Indian journal of veterinary science and animal husbandry - Volumes 22-23, 1952-1953
Year: 1952
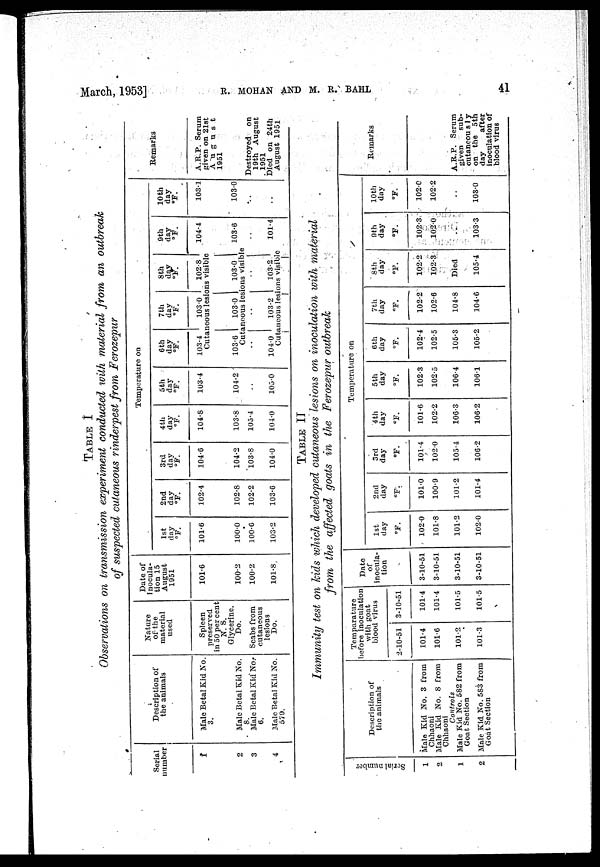
March, 1953]
R.
MOHAN
AND
M.
R.
BAHL
41
TABLE I
Observations on transmission experiment conducted with material from an outbreak
of suspected cutaneous rinderpest from Ferozepur
Serial
number
1
2
3
4
Description of
the animals
Male Betal Kid No.
3.
Male Betal Kid No.
8.
Male Betal Kid No.
6.
Male Betal Kid No.
579.
Nature
of the
material
used
Spleen
preserved
in 50 per cent
N. S.
Glycerine. Do.
Scabs from
cutaneous
lesions Do.
Date of
inocula-
tion 15
August
1951
101.6
100.2
100.2
101.8
Temperatue on
1st
day
°F.
101.6
100.0
100.6
103.2
2nd
day
°F.
102.4
102.8
102.2
103.6
3rd
day
°F.
104.6
104.2
103.8
104.0
4th
day
°F.
104.8
103.8
105.4
104.0
5th
day
°F.
103.4
104.2
..
105.0
6th
day
°F.
103.4
103.6
..
104.0
7th
day
°F.
103.0
Cutaneous lesions visible
103.0
Cutneous lesions visible
..
103.2
Cutaneous lesions visible
8th
day
°F.
102.8
103.0
..
103.2
9th
day
°F.
104.4
103.6
..
101.4
10th
day
°F.
103.1
103.0
..
REMARKS
A.R.P. Serum
given on 21st
August
1951
Destroyed on
19th August
1951
Died on 24th
August 1951
TABLE II
Immunity test on kids which developed cutaneous lesions on inoculation with material
from the affected goats in the Ferozepur outbreak
Serial number
1
2
1
2
Description of
the animals
Male Kid No. 3 from
Chhaoni
Male Kid No. 8 from
Chhaoni
Controls
Male Kid No. 582 from
Goat Section
Male Kid No. 583 from
Goat Section
Temparature
before inoculation
with goat
blood
virus
2-10-51
101.4
101.6
101.2
101.3
3-10-51
101.4
101.4
101.5
101.5
Date
of
inocula-
tion
3-10-51
3-10-51
3-10-51
3-10-51
Temperature on
1st
day
°F.
102.0
101.8
101.2
102.0
2nd
day
°F.
101.0
100.9
101.2
101.4
3rd
day
°F.
101.4
102.0
105.4
106.2
4th
day
°F.
101.6
102.2
106.3
106.2
5th
day
°F.
102.3
102.5
106.4
106.1
6th
day
°F.
102.4
102.5
105.3
105.2
7th
day
°F.
102.2
102.6
104.8
104.6
8th
day
°F.
102.2
102.3
Died
105.4
9th
day
°F.
102.3
102.0
103.3
10th
day
°F.
102.0
102.2
103.0
Remarks
A.R.P. Serum
given
sub-
cutaneously on the 5th
day
after
inoculation of
blood virus